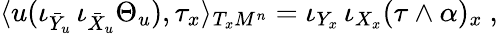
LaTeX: \langle u(\iota_{\bar{Y}_{u}}\, \iota_{\bar{X}_{u}}\Theta_{u}),\tau_{x}\rangle_{T_{x}M^{n}}=\iota_{Y_{x}}\, \iota_{X_{x}}(\tau\wedge\alpha)_{x}\ ,